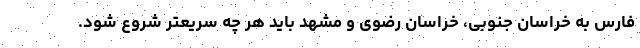
فارس به خراسان جنوبی، خراسان رضوی و مشهد باید هر چه سریعتر شروع شود.